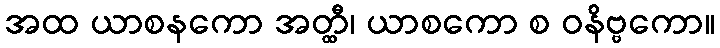
အထ ယာစနကော အတ္ထီ၊ ယာစကော စ ဝနိဗ္ဗကော။